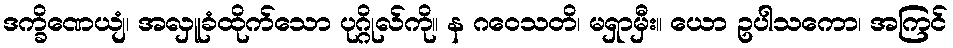
ဒက္ခိဏေယျံ၊ အလှူခံထိုက်သော ပုဂ္ဂိုလ်ကို။ န ဂဝေသတိ၊ မရှာမှီး။ ယော ဥပါသကော၊ အကြင်